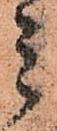
ミ